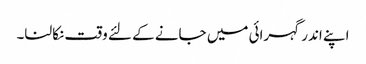
اپنے اندر گہرائی میں جانے کے لئے وقت نکالنا۔